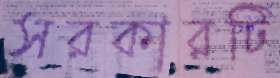
সরকারটি